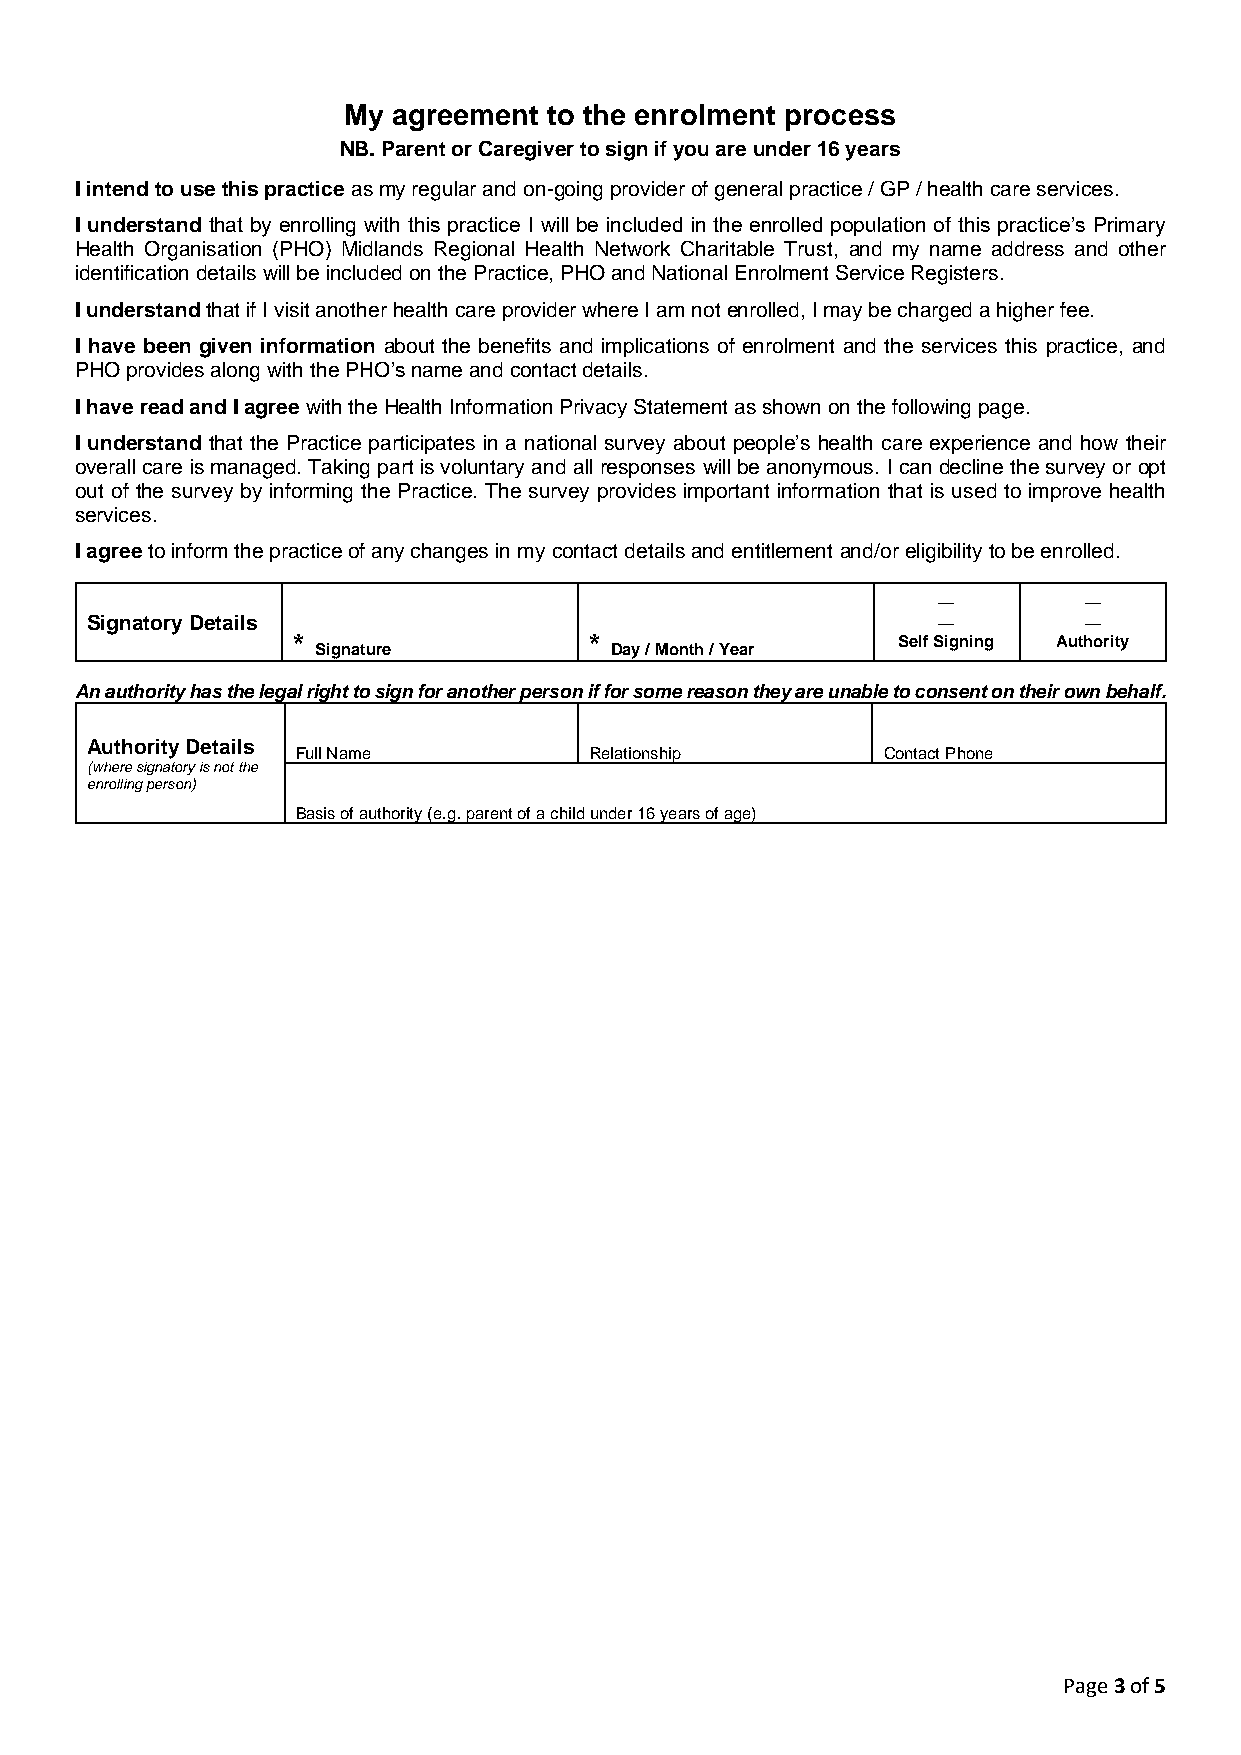
My agreement to the enrolment process
 NB. Parent or Caregiver to sign if you are under 16 years
 I intend to use this practice as my regular and on-going provider of general practice / GP / health care services.
 I understand that by enrolling with this practice I will be included in the enrolled population of this practice’s Primary
 Health Organisation (PHO) Midlands Regional Health Network Charitable Trust, and my name address and other
 identification details will be included on the Practice, PHO and National Enrolment Service Registers.
 I understand that if I visit another health care provider where I am not enrolled, I may be charged a higher fee.
 I have been given information about the benefits and implications of enrolment and the services this practice, and
 PHO provides along with the PHO’s name and contact details.
 I have read and I agree with the Health Information Privacy Statement as shown on the following page.
 I understand that the Practice participates in a national survey about people’s health care experience and how their
 overall care is managed. Taking part is voluntary and all responses will be anonymous. I can decline the survey or opt
 out of the survey by informing the Practice. The survey provides important information that is used to improve health
 services.
 I agree to inform the practice of any changes in my contact details and entitlement and/or eligibility to be enrolled.
 Signatory Details
 *                   *                   Self Signing Authority
 Signature          Day / Month / Year
 An authority has the legal right to sign for another person if for some reason they are unable to consent on their own behalf.
 Authority Details
 Full Name          Relationship       Contact Phone
 (where signatory is not the
 enrolling person)
 Basis of authority (e.g. parent of a child under 16 years of age)
 Page 3 of 5